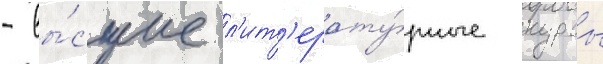
- вы́сшие л'ит'ерату́рные курсы